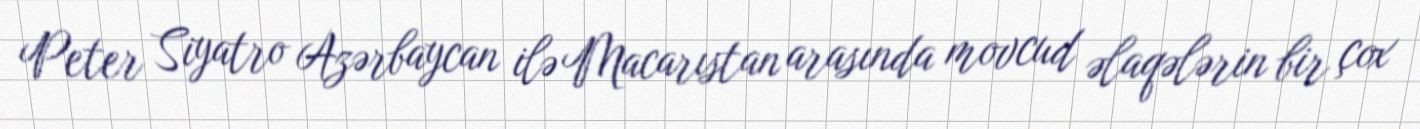
Peter Siyatro Azərbaycan ilə Macarıstan arasında movcud əlaqələrin bir çox